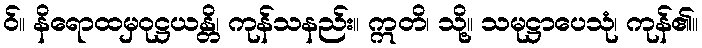
ဝ်။ နိရောထမှဝုဋ္ဌယန္တိ၊ ကုန်သနည်း။ ဣတိ၊ သို့။ သမုဋ္ဌာပေသုံ၊ ကုန်၏။